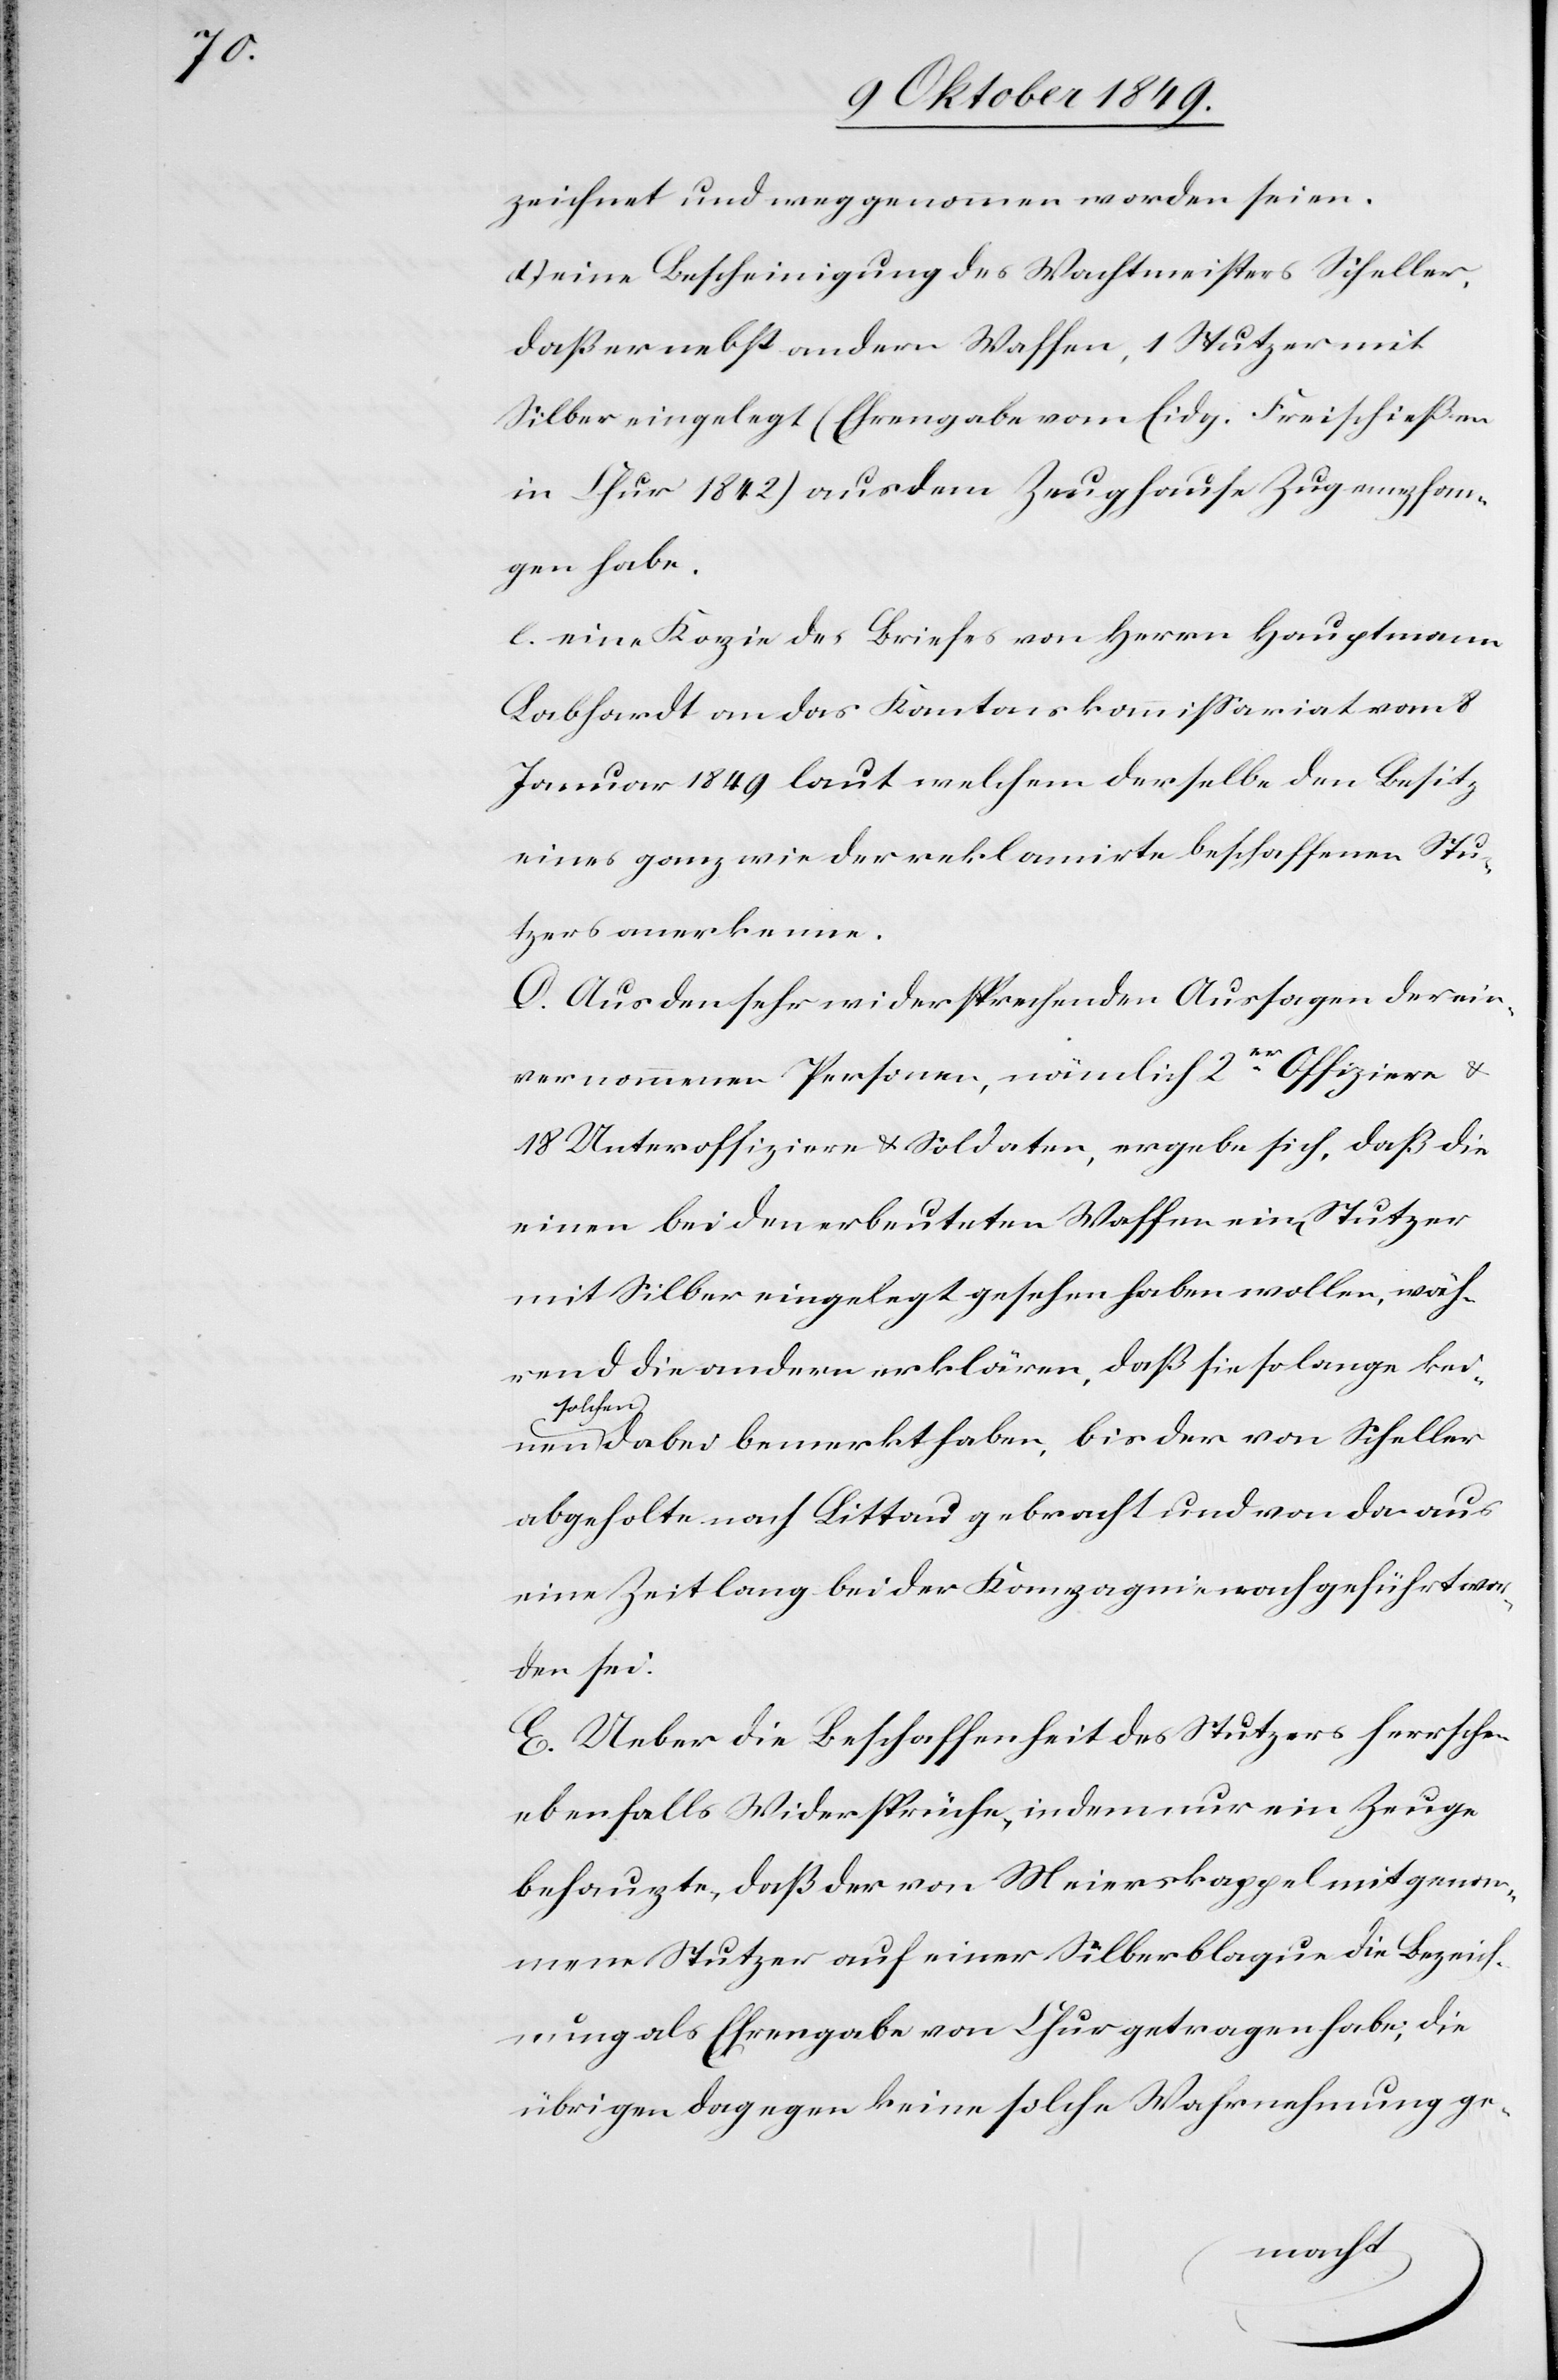
zeichnet und weggenommen worden seien.
eine Bescheinigung des Wachtmeisters Scheller,
daß er nebst andern Waffen, 1 Stutzer mit
Silber eingelegt (Ehrengabe vom Eidg. Freischießen
in Chur 1842) aus dem Zeughause Zug empfan¬
gen habe.
e. eine Kopie des Briefes von Herrn Hauptmann
Labhardt an das Kantonskommißariat vom 8
Januar 1849 laut welchem derselbe den Besitz
eines ganz wie der reklamirte beschaffenen Stu¬
tzers anerkenne.
D. Aus den sehr widersprechenden Aussagen der ein¬
vernommenen Personen, nämlich 2er Offiziere u.
18 Unteroffziere u. Soldaten, ergebe sich, daß die
einen bei den erbeuteten Waffen ein[en] Stutzer
mit Silber eingelegt gesehen haben wollen, wäh¬
rend die andern erklären, daß sie so lange kei¬
solche¬
n dabei bemerkt haben, bis der von Scheller
abgeholte nach Littau gebracht und von da aus
eine Zeit lang bei der Kompagnie nachgeführt wor¬
den sei.
E. Ueber die Beschaffenheit des Stutzers herrschen
ebenfalls Widersprüche, indem nur ein Zeuge
behauptete, daß der von Meierkappel mitgenom¬
mene Stutzer auf einer Silberblague die Bezeich¬
nung als Ehrengabe von Chur getragen habe, die
übrigen dagegen keine solche Wahrnehmung ge-
nen